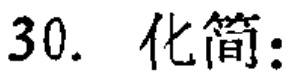
$30.\ 化简:$